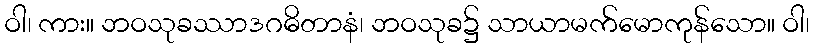
ဝါ၊ ကား။ ဘဝသုခဿာဒဂဓိတာနံ၊ ဘဝသုခ၌ သာယာမက်မောကုန်သော။ ဝါ၊